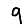
Digit: 9